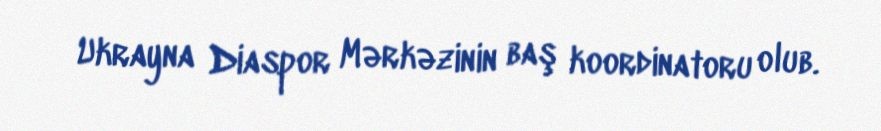
Ukrayna Diaspor Mərkəzinin baş koordinatoru olub.